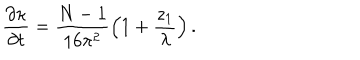
\frac { \partial \kappa } { \partial t } = \frac { N - 1 } { 1 6 \pi ^ { 2 } } \left( 1 + \frac { z _ { 1 } } { \lambda } \right) .